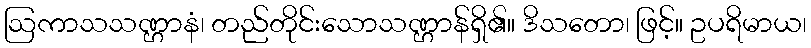
ဩကာသသဏ္ဌာနံ၊ တည်တိုင်းသောသဏ္ဌာန်ရှိ၏။ ဒိသတော၊ ဖြင့်။ ဥပရိမာယ၊